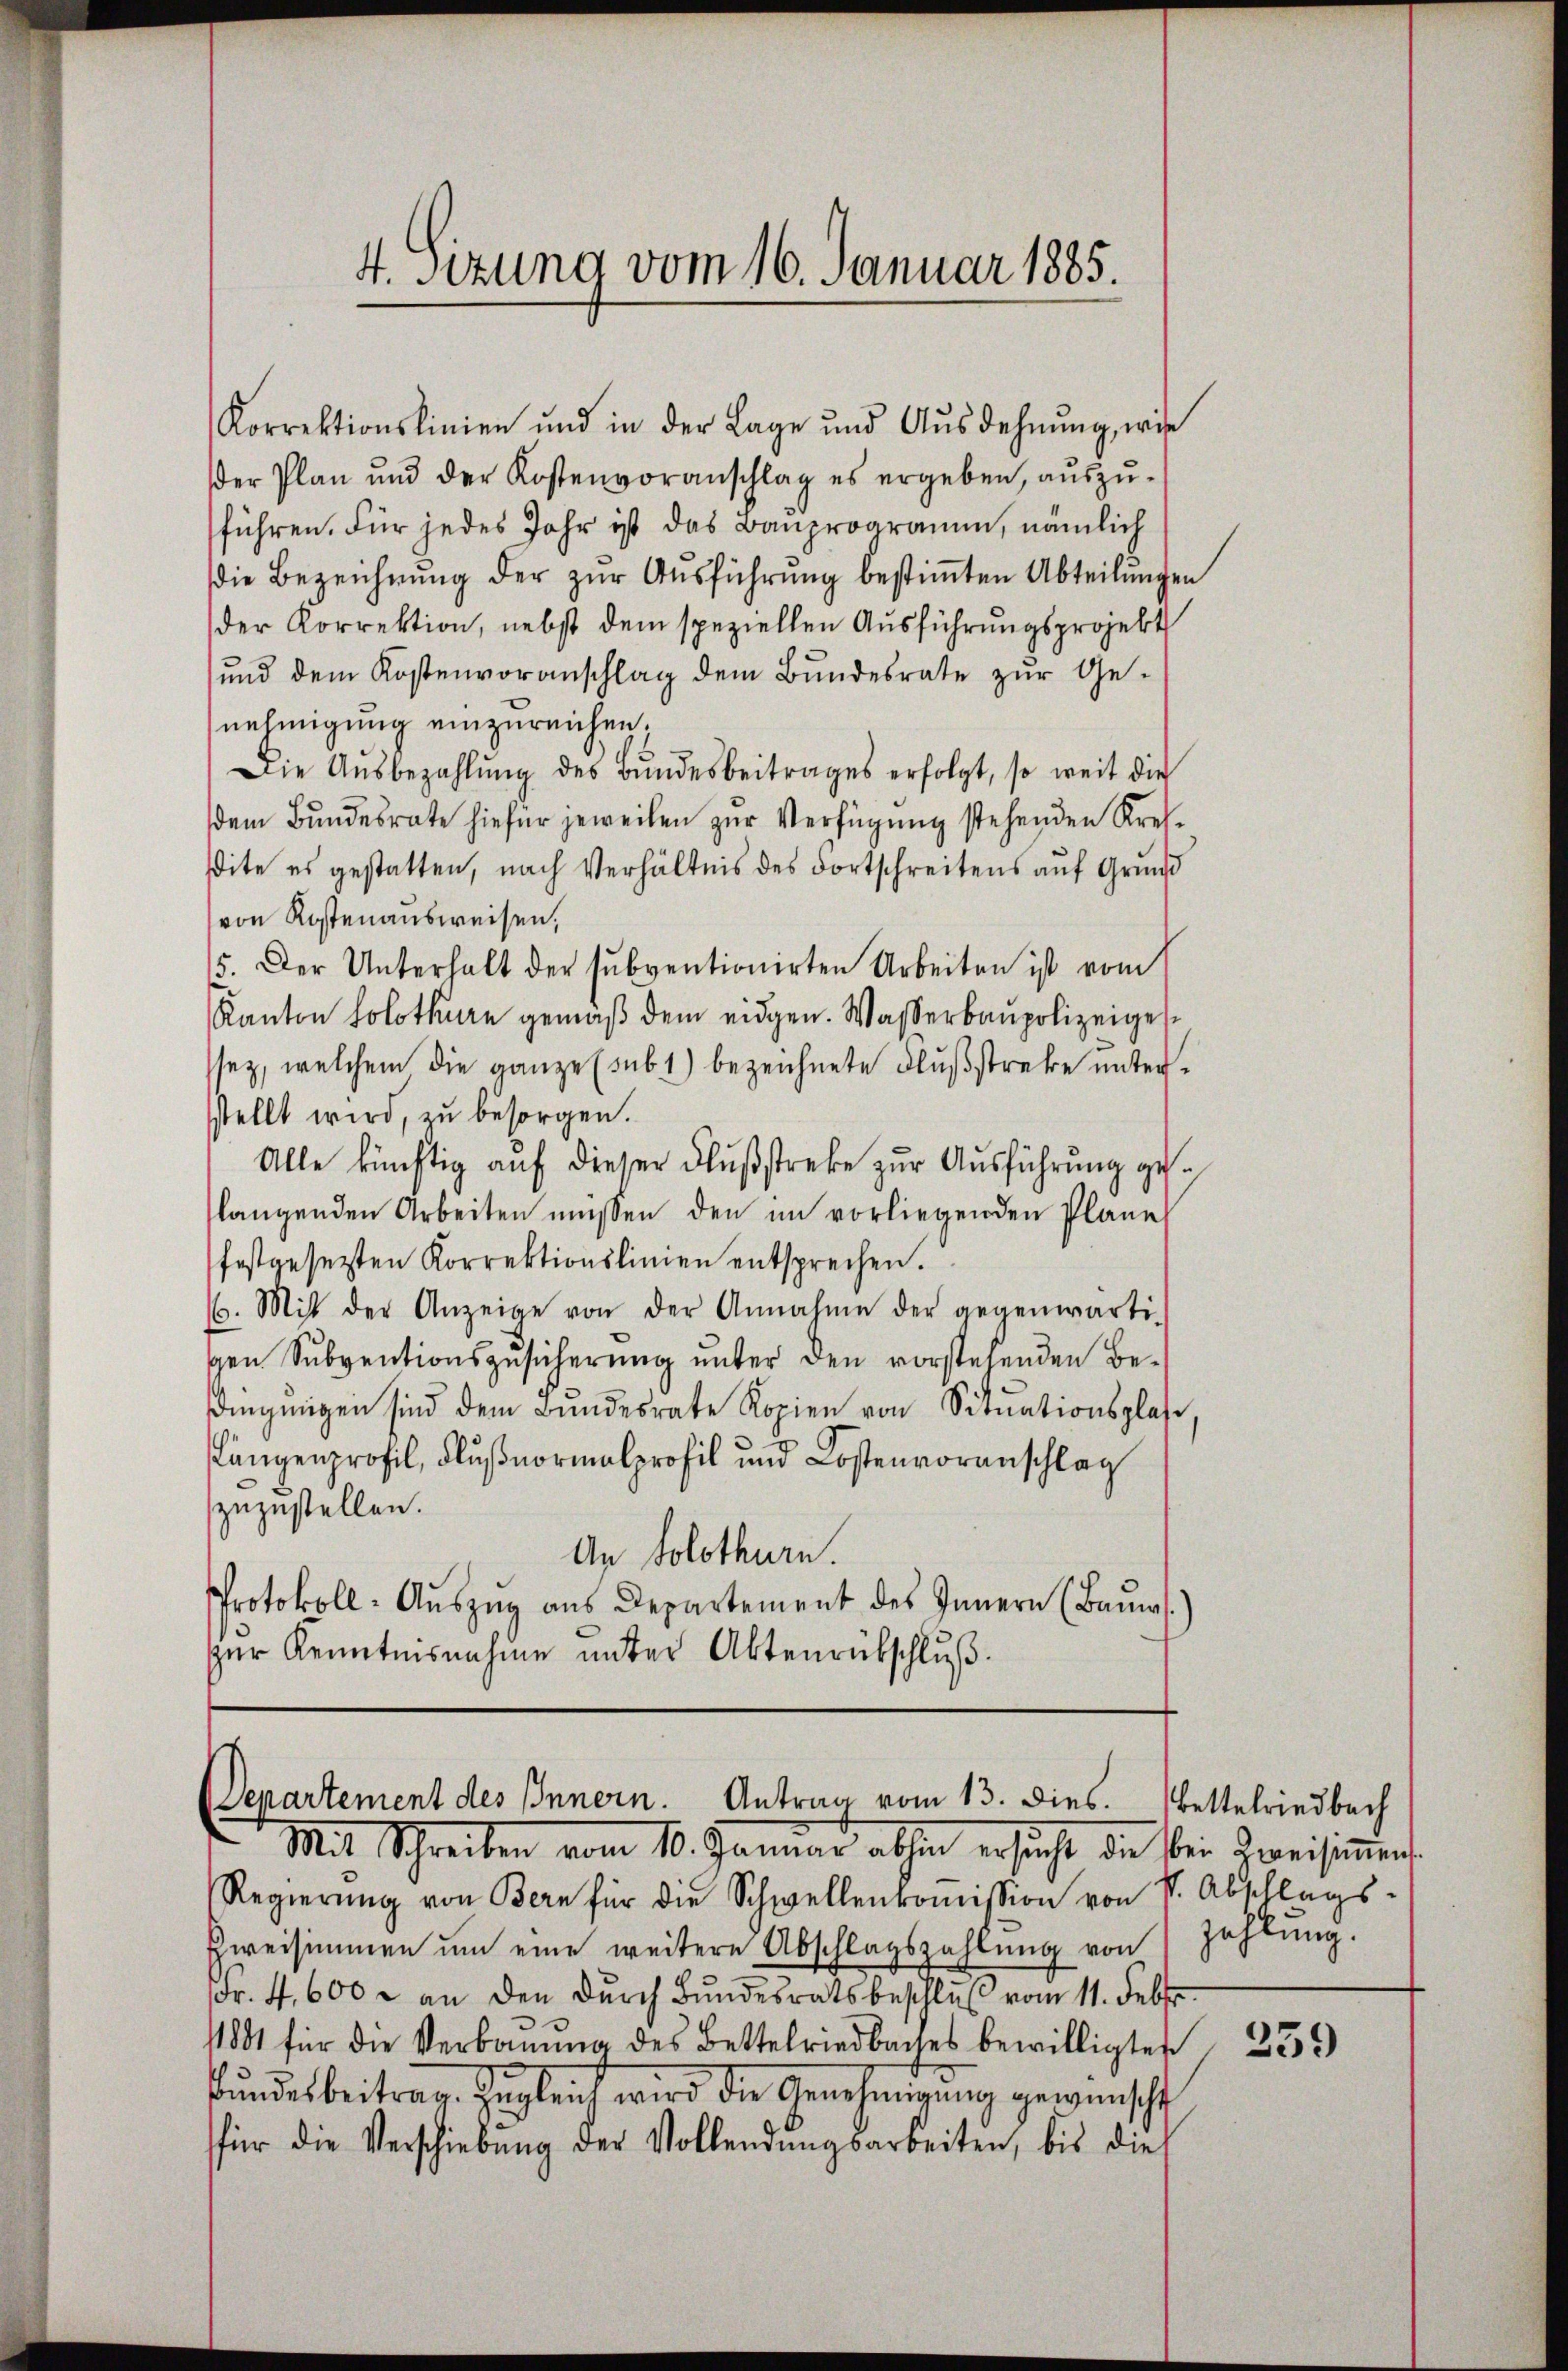
4. Sizung vom 16. Januar 1885.

Korrektionslinien und in der Lage und Ausdehnung, wie
der Plan und der Kostenvoranschlag es ergeben, auszuführen. Für jedes Jahr ist das Bauprogramm, nämlich
die Bezeichnŭng der zŭr Aŭsführung bestiṁten Abteilungen
der Korrektion, nebst dem speziellen Ausführungsprojekt
ŭnd dem Kostenvoranschlag dem Bŭndesrate zŭr Ge-
nehmigung einzureichen.
Die Aŭsbezahlŭng des Bŭndesbeitrages erfolgt, so weit die
dem Bundesrate hiefür jeweilen zur Verfügung stehenden Kressdite es gestatten, nach Verhältnis des Fortschreitens auf Grund
von Kostenausweisen,
15. Der Unterhalt der subventionirten Arbeiten ist vom
Kanton Solothurn gemäß dem eidgen. Wasserbaupolizeigessez, welchem die ganze (sub 1) bezeichnete Flußstreke untersstellt wird, zu besorgen.
Alle künftig auf dieser Flußstreke zur Ausführung gelangenden Arbeiten müssen den im vorliegenden Plane
festgesezten Korrektionslinien entsprechen.
. Mit der Anzeige von der Annahme der gegenwärti-
gen Subventionszusicherung unter den vorstehenden Bedingungen sind dem Bundesrate Kopien von Situationsplas
längenprofil, Flußnormalprofil und Kostenvoranschlag
zuzustellen.
An Solothurn.
Protokoll-Aŭszŭg ans Departement des Innern (Baŭms.
zur Kenntnisnahme unter Aktenrütschluß

Departement des Innern. Antrag vom 13. dies. Bettelriedbach
Mit Schreiben vom 10. Januar absten ersicht die bei Zweisimmen

Regierŭng von Bern für die Schwellenkoṁission von P. Abschlags-
Eweisimmen ŭm eine weitere Abschlagszahlŭng von Zahlung.
Fr. 4,600 & an den dŭrch Bŭndesratsbeschlŭβ vom 11. Febr.
11801 für die Verboma des Bettelriedbaches bewilligten 23
fŭndesbeitrag. Zugleich wird die Genehmigung gewünscht
für die Verschiebung der Vollendŭngsarbeiten, bis die